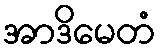
အာဒိမေတံ